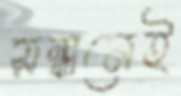
সন্ধানেই